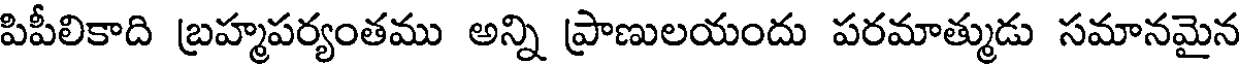
పిపీలికాది బ్రహ్మపర్యంతము అన్ని ప్రాణులయందు పరమాత్ముడు సమానమైన